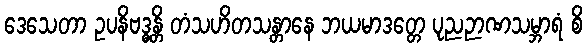
ဒေသေတာ ဥပနိဗဒ္ဓန္တိ တံသဟိတသန္တာနေ ဘယမာဒတ္တေ ပုညဉာဏသမ္ဘာရံ စိ